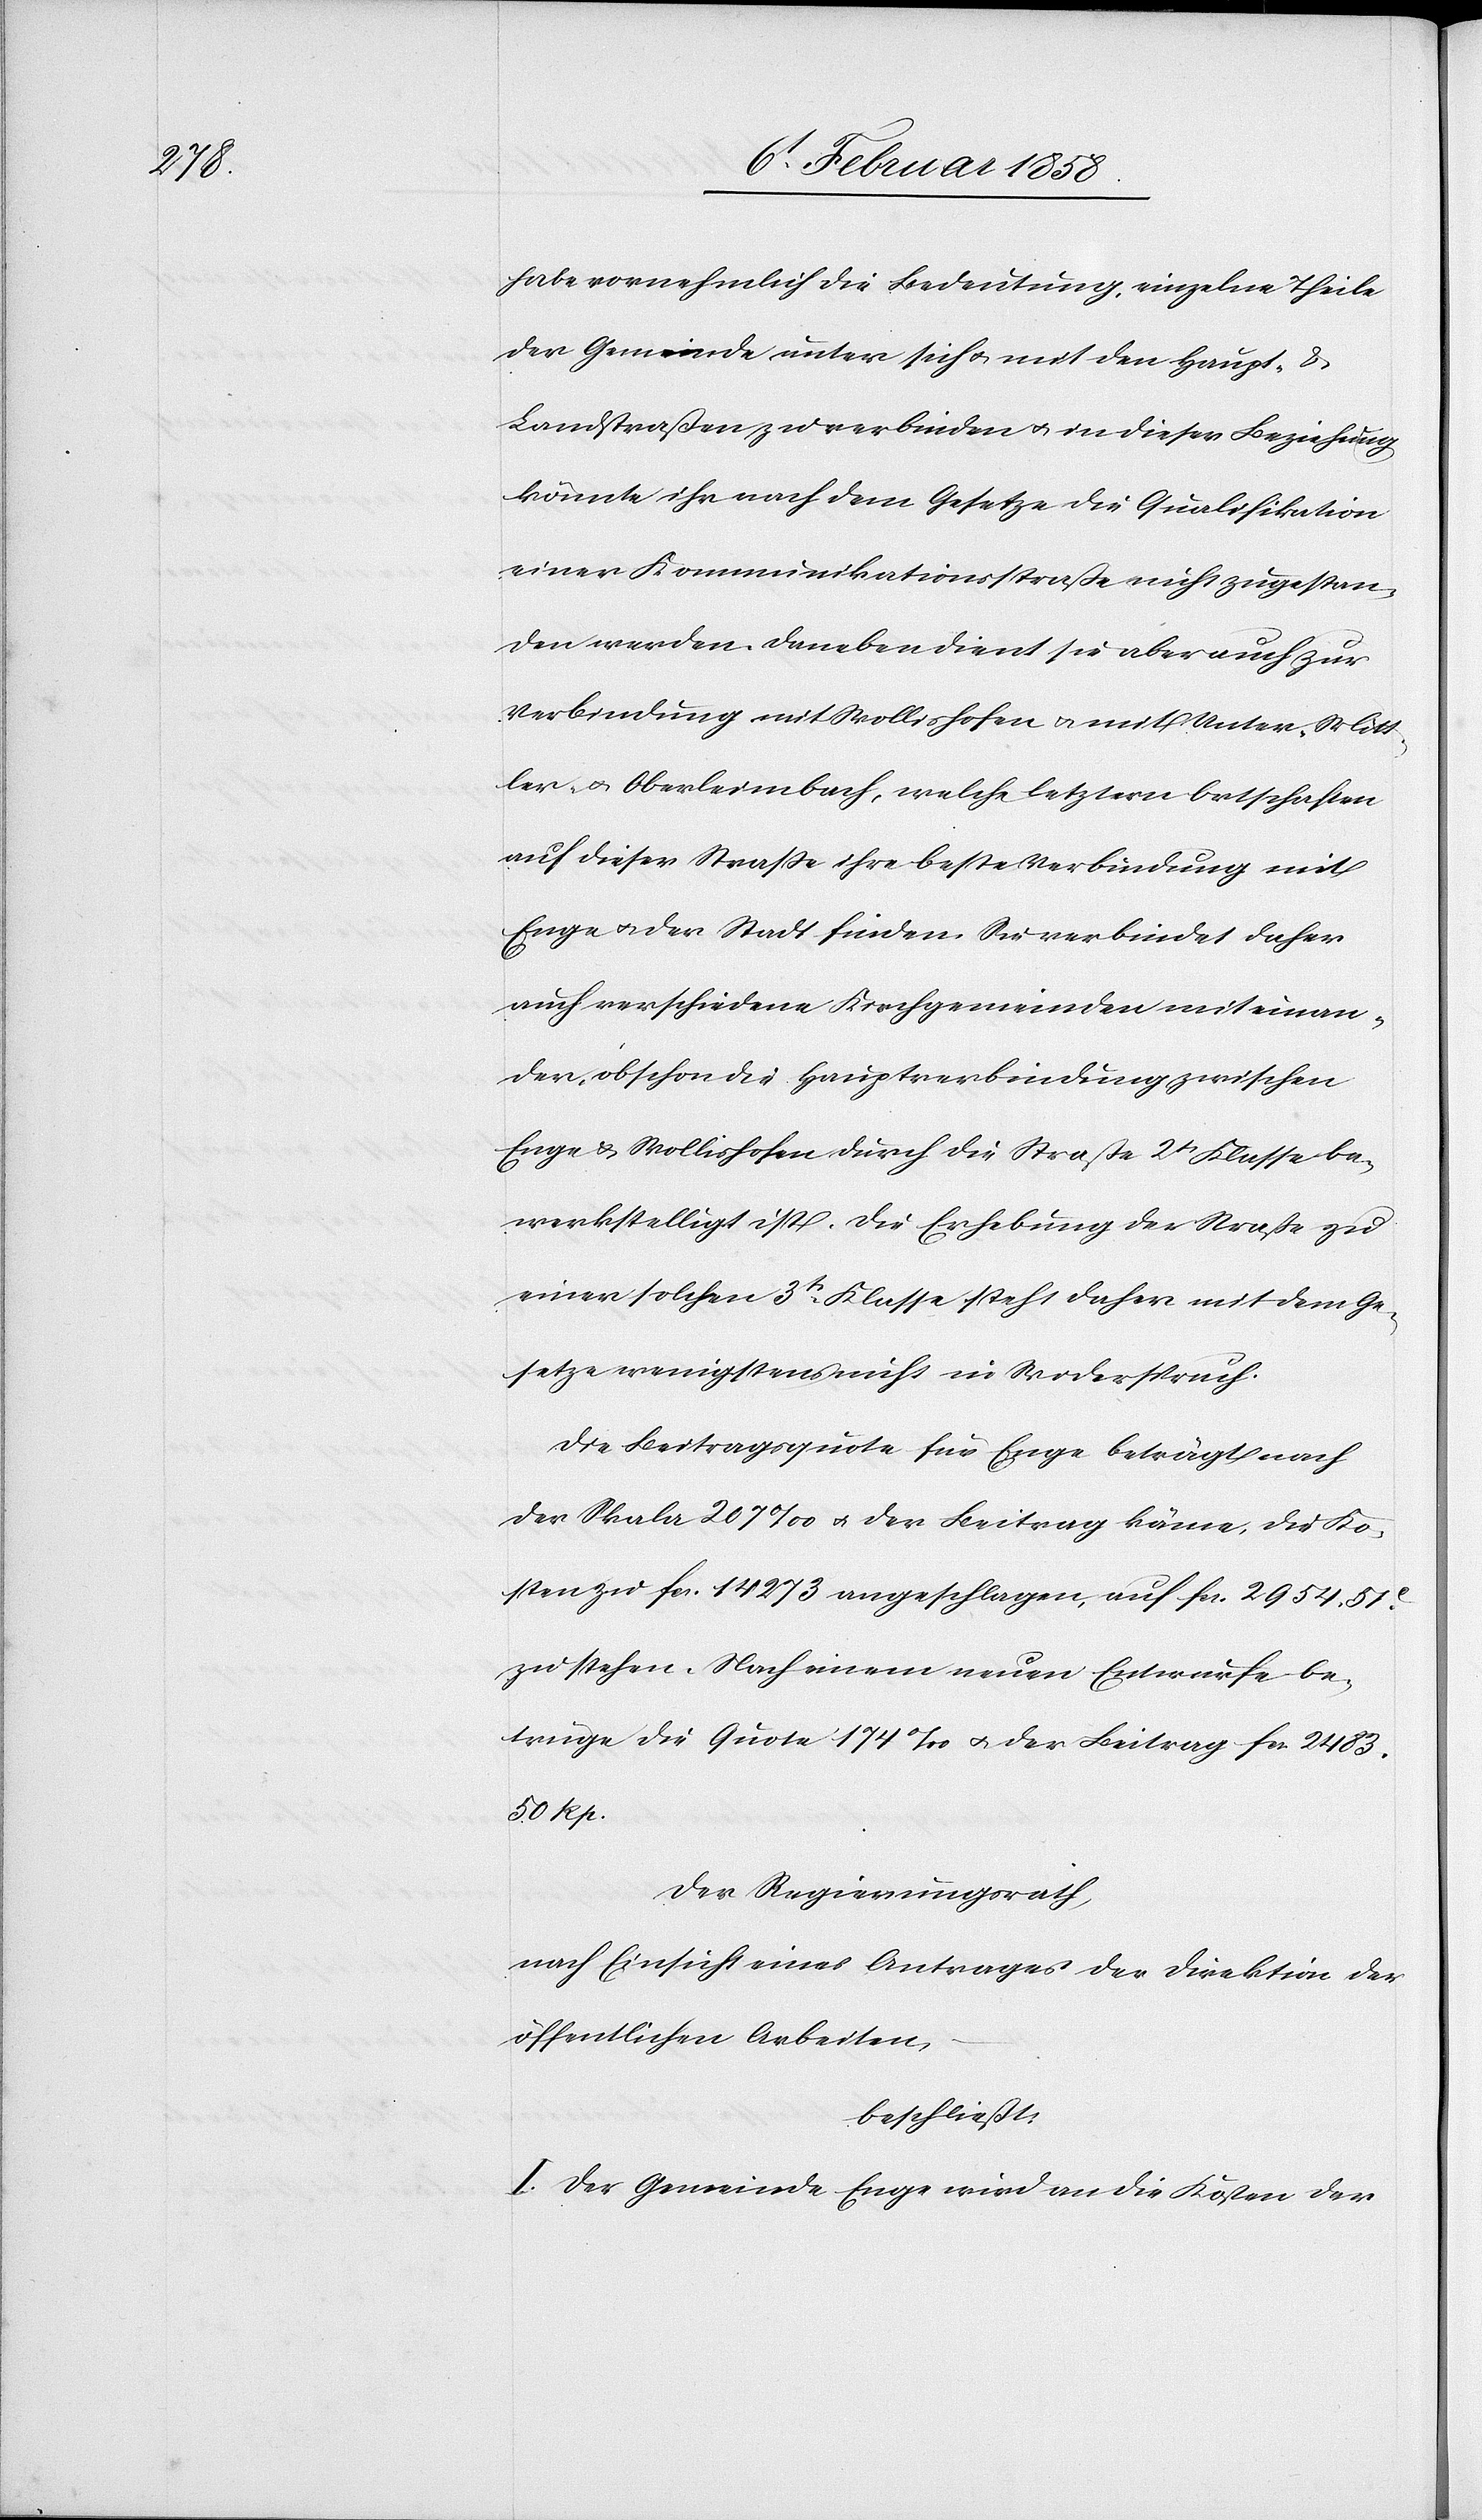
habe vornehmlich die Bedeutung, einzelne Theile
der Gemeinde unter sich u. mit den Haupt- &
Landstraßen zu verbinden u. in dieser Beziehung
könnte ihr nach dem Gesetze die Qualifikation
einer Kommunikationsstraße nicht zugestan¬
den werden. Daneben dient sie aber auch zur
Verbindung mit Wollishofen u. mit Unter- Mitt¬
ler- u. Oberleimbach, welche letztern Ortschaften
auf dieser Straße ihre beste Verbindung mit
Enge u. der Stadt finden. Sie verbindet daher
auch verschiedene Kirchgemeinden mit einan¬
der, obschon die Hauptverbindung zwischen
Enge u. Wollishofen durch die Straße 2t Klasse be¬
werkstelligt ist. Die Erhebung der Straße zu
einer solchen 3t Klasse steht daher mit dem Ge¬
setze wenigstens nicht in Widerspruch.
Die Beitragsquote für Enge beträgt nach
der Skala 207‰ u. der Beitrag käme, die Ko¬
sten zu fcs. 14 273 angeschlagen, auf fcs. 2954. 51
zu stehen. Nach einem neuen Entwurfe be¬
trüge die Quote 174‰ u. der Beitrag fcs. 2483.
50 Rp.
Der Regierungsrath,
nach Einsicht eines Antrages der Direktion der
öffentlichen Arbeiten,
beschließt:
I. Der Gemeinde Enge wird an die Kosten der